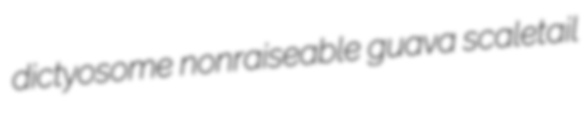
dictyosome nonraiseable guava scaletail